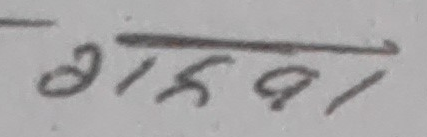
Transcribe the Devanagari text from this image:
गस९१